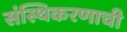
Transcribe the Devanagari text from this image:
संस्थिकरणाची